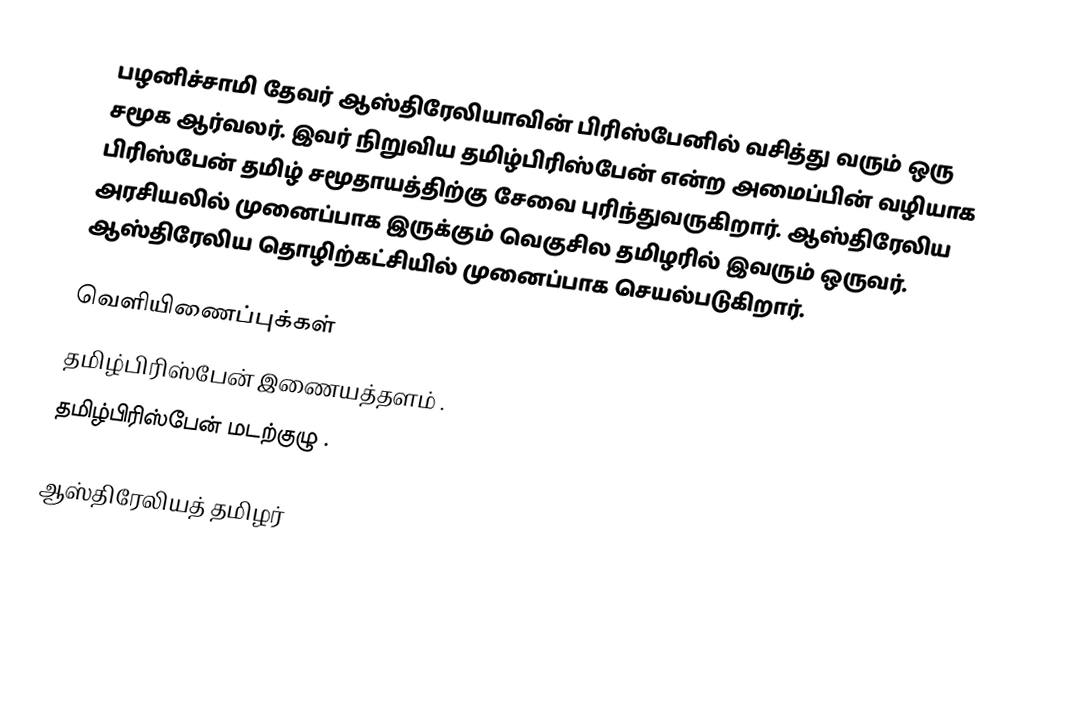
பழனிச்சாமி தேவர் ஆஸ்திரேலியாவின் பிரிஸ்பேனில் வசித்து வரும் ஒரு சமூக ஆர்வலர். இவர் நிறுவிய தமிழ்பிரிஸ்பேன் என்ற அமைப்பின் வழியாக பிரிஸ்பேன் தமிழ் சமூதாயத்திற்கு சேவை புரிந்துவருகிறார். ஆஸ்திரேலிய அரசியலில் முனைப்பாக இருக்கும் வெகுசில தமிழரில் இவரும் ஒருவர். ஆஸ்திரேலிய தொழிற்கட்சியில் முனைப்பாக செயல்படுகிறார்.

வெளியிணைப்புக்கள்
தமிழ்பிரிஸ்பேன் இணையத்தளம்  .
தமிழ்பிரிஸ்பேன் மடற்குழு  .

ஆஸ்திரேலியத் தமிழர்